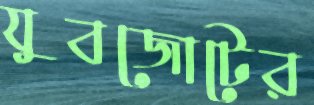
যুবজোটের